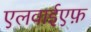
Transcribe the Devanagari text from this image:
एलवाईएफ़